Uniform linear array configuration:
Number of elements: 4
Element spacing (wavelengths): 0.5
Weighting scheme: cosine
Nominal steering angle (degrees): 30
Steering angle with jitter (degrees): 31.315
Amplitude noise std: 0.05
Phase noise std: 0.05

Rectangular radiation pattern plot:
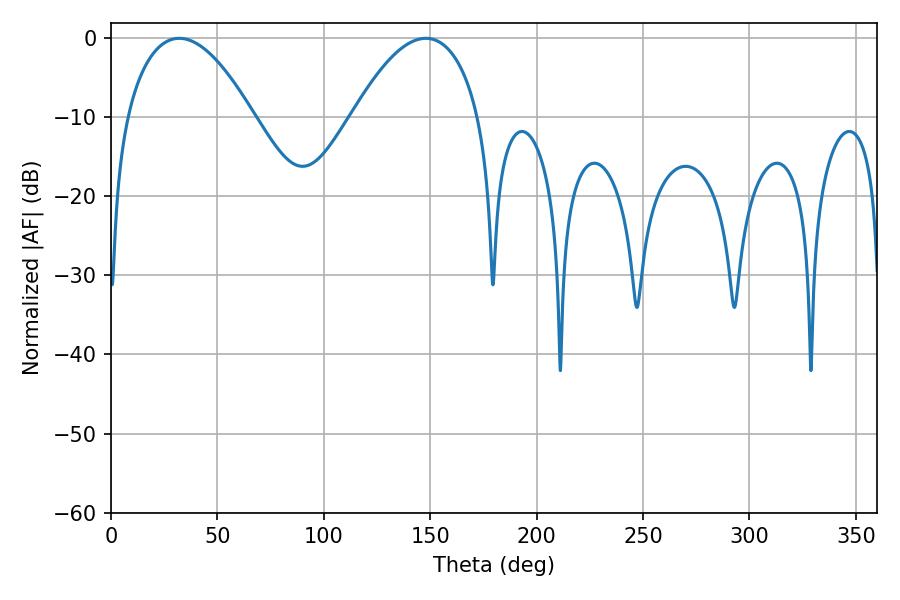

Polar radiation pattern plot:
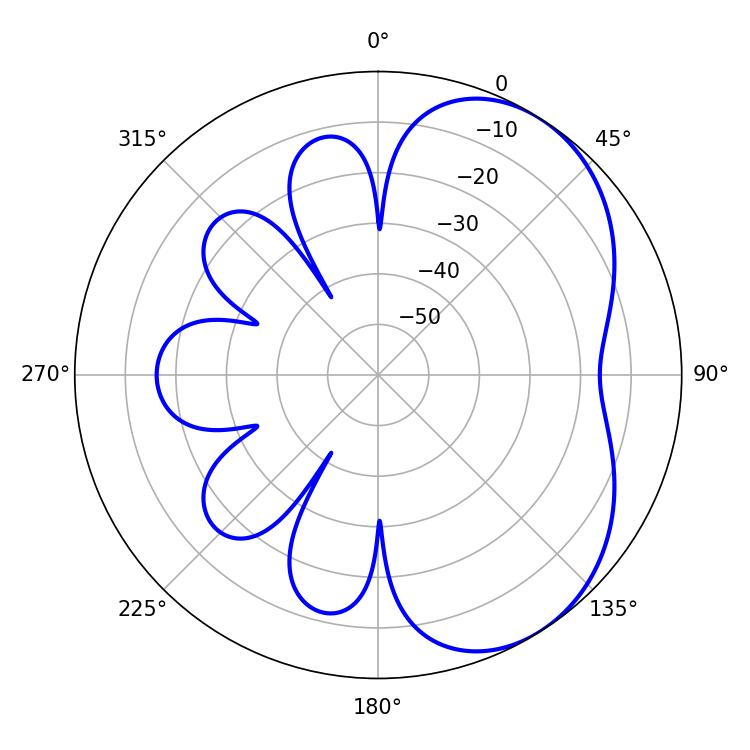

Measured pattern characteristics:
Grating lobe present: FALSE
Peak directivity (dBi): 4.722
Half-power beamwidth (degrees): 32.94
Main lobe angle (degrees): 32.04